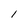
Character: 1